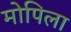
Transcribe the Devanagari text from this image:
मोपिला